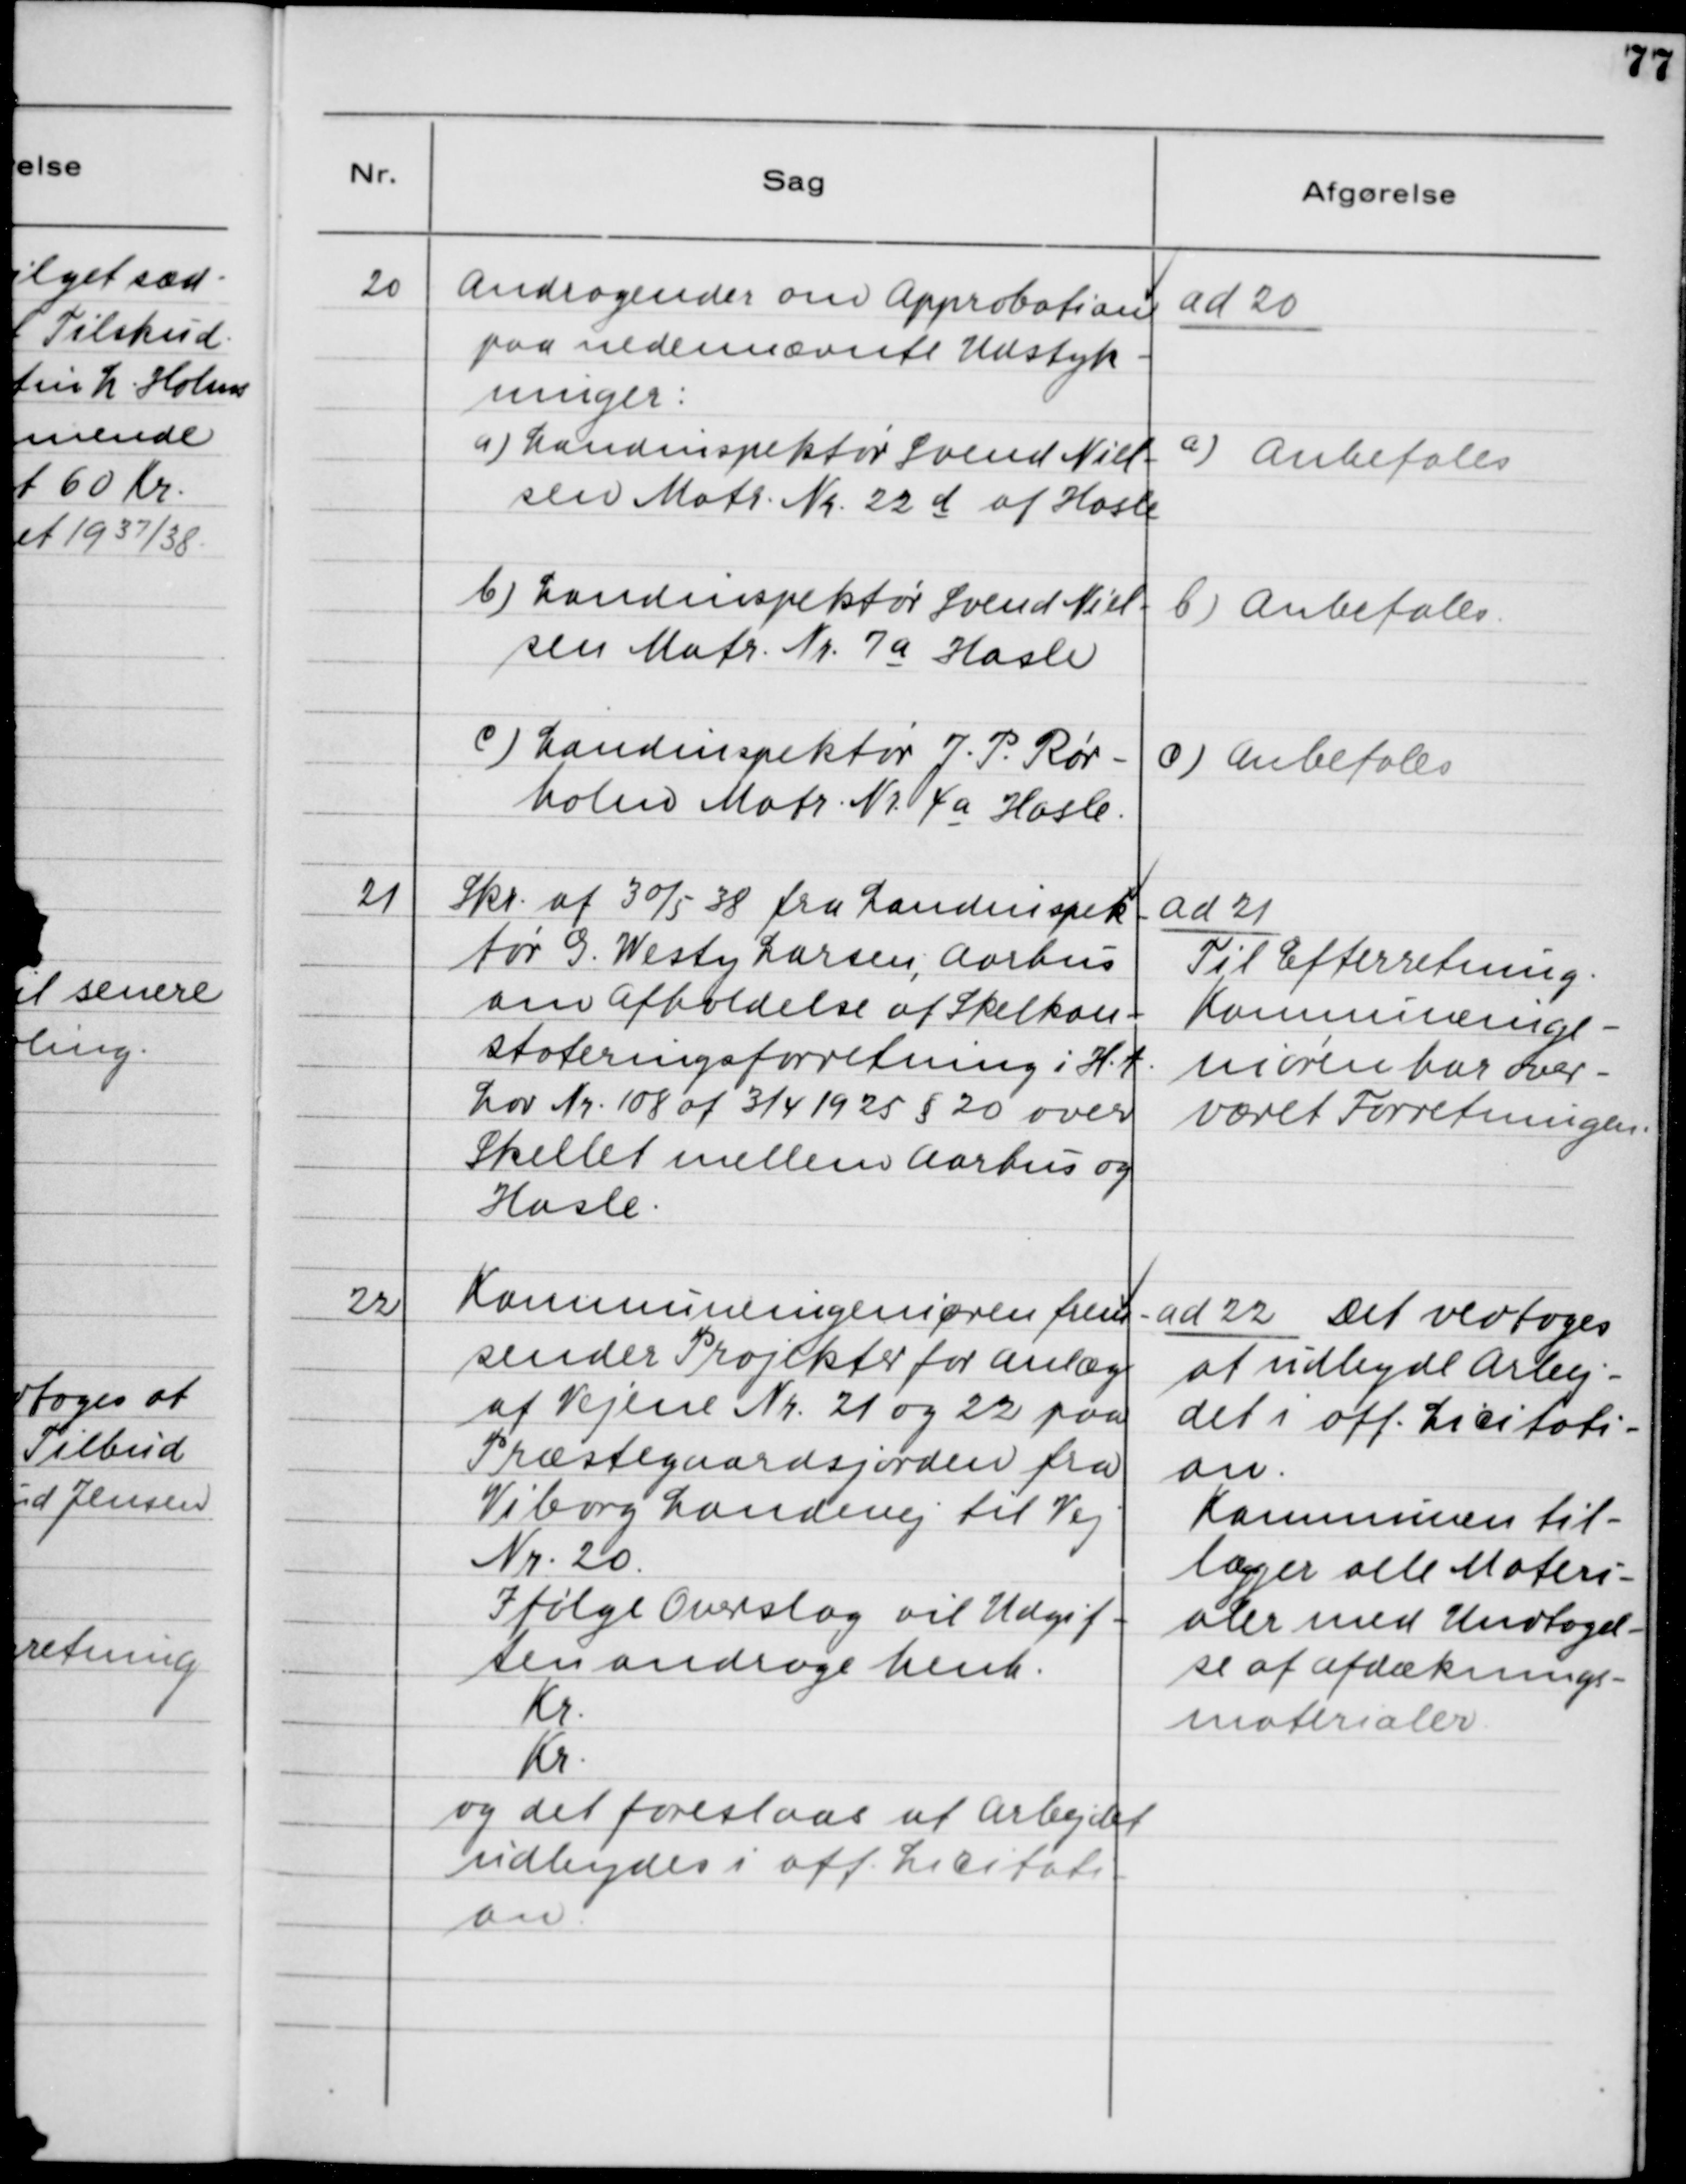
Transskription:
20. Andragende om Approbation
paa nedennævnte Udstyk-
ninger:
a) Landinspektør Svend Niel-
sen Matr. Nr. 22 d af Hasle
b) Landinspektør Svend Niel-
sen Matr. Nr. 7 a Hasle
c) Landinspektør J. P. Rør-
holm Matr. Nr. 4 a Hasle

ad 20.
a) Anbefales
b) Anbefales
c) Anbefales

21. Skr. af 30/5 38 fra Landinspek-
tør G. Westy Larsen, Aarhus
om Afholdelse af Skelkon-
stateringsforretning i H.t.
Lov Nr. 108 af 3/4 1925 § 20 over
Skellet mellem Aarhus og
Hasle

ad 21.
Til Efterretning.
Kommuneinge-
niøren har over-
været Forretningen.

22. Kommuneingeniøren frem-
sender Projekter for Anlæg
af Vejene Nr. 21 og 22 paa
Præstegaardsjorden fra
Viborg Landevej til Vej
Nr. 20.
Ifølge Overslag vil Udgif-
ten andrage henh.
Kr.
Kr.
og det foreslaas at Arbejdet
udbydes i off. Licitati-
on.

ad 22. Det vedtoges
at udbyde Arbej-
det i off. Licitati-
on.
Kommunen til-
lægger alle Materi-
aler med Undtagel-
se af Afdæknings-
materialer.